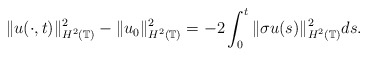
\begin{align*}\|u(\cdot,t)\|_{H^2(\mathbb{T})}^2 - \|u_0\|_{H^2(\mathbb{T})}^2=-2\displaystyle\int_0^t\| \sigma u(s)\|_{H^2(\mathbb{T})}^{2}ds.\end{align*}